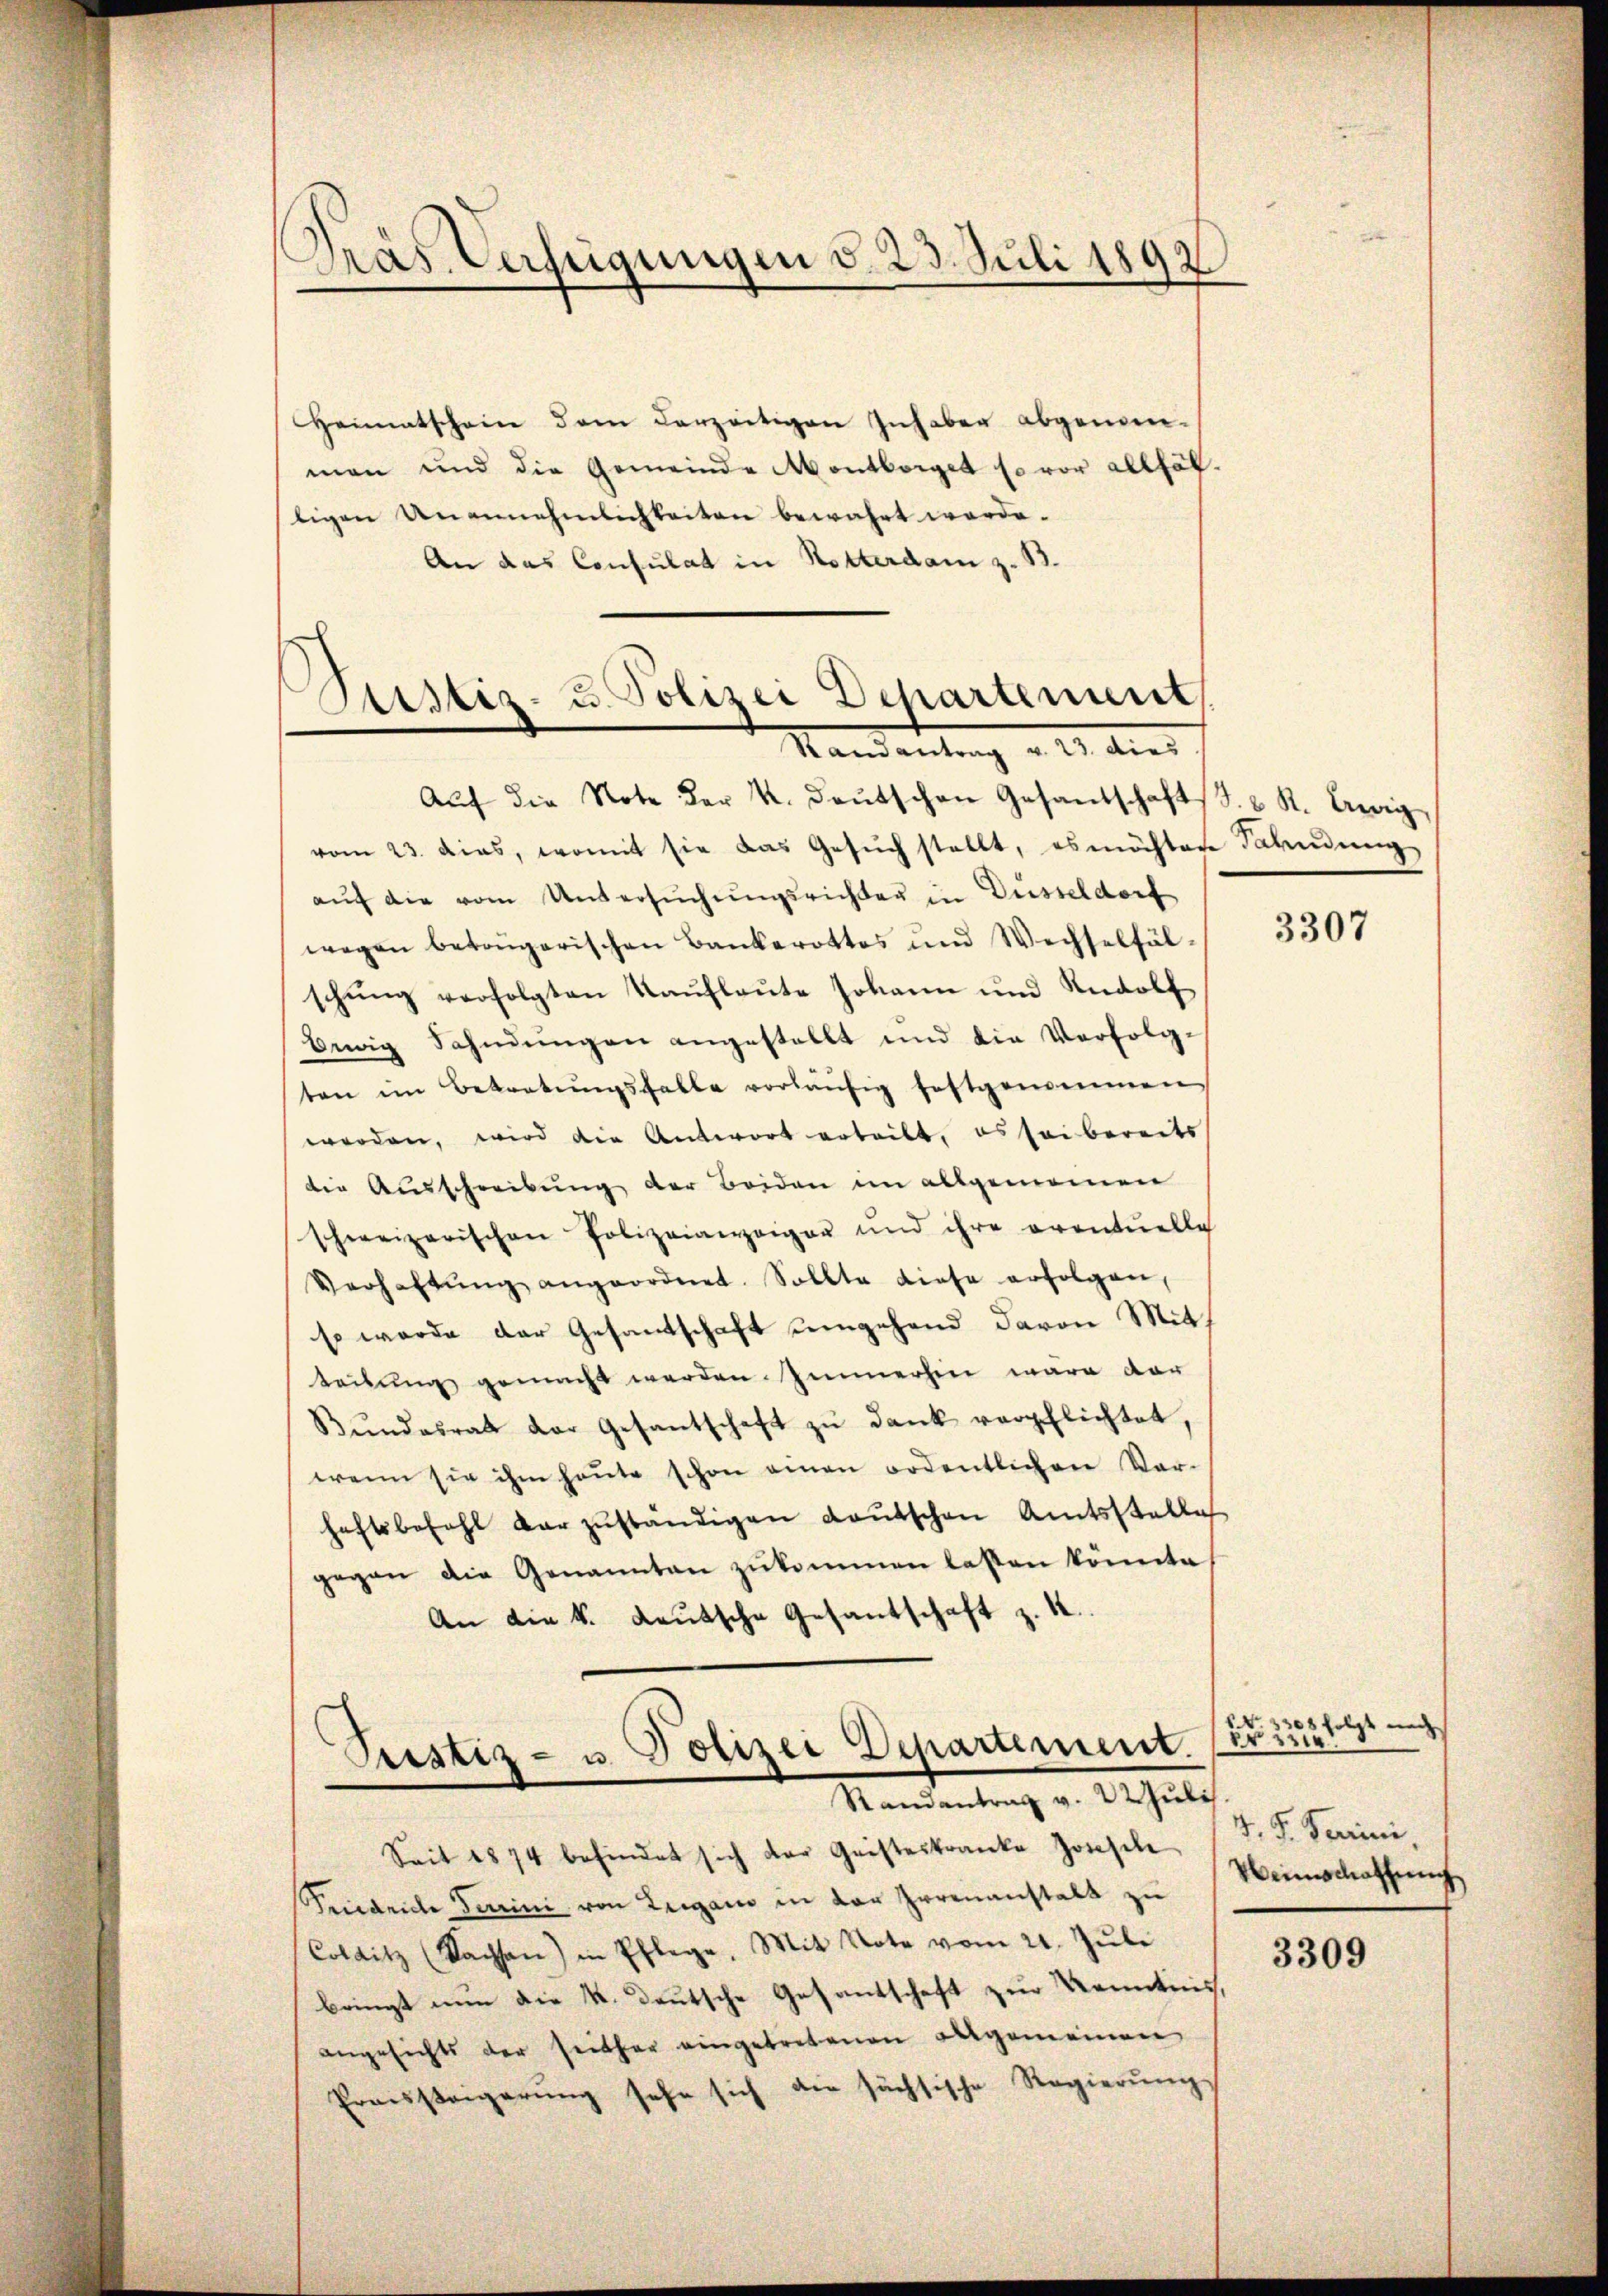
Pras Verfügungen d. 23. Juli 1892

Standentrag v. 23. dies

Heimatschein dem derzeitigen Inhaber abgenomman und die Gemeinde Montboiget so vor allfälligen Unannehmlichkeiten bewahrt werde.
An das Consulat in Notterdam z. B.
Justiz- u. Polizei Departement

Aŭf die Note der k. deŭtschen Gesandschaftss. v. R. Ewig
vom 23. dies, womit sie das Gesŭch stellt, es möchten Fahndŭng
aŭf die vom Untersŭchŭngsrichter in Düsseldorf
wegen betrugerischen Bankerottos und Wechselfälschung verfolgten Kaufleute Johann und Rudolf
Beaig Sahndŭngen angestellt und die Verfolgten im Betretŭngsfalle vorläŭfig festgemeinen
werden, wird die Antwort erteilt, es sei bereits
die Ausschreibung der Beiden im allgemeinen
schweizerischen Polizeianzeiger und ihre eventuelle
Verhaltŭng angeordnet. Sollte diese erfolgen,
so werde der Gesantschaft umgehend davon Mitth
teilung gemacht werden Immerhin wäre dar
Bŭndesrat der Gesantschaft zŭ dank verpflichtet,
wenn sie ihm heŭte schon einen ordentlichen Ver-
haftsbefehl dar zŭständigen Laŭtschen Amtsstelle
gegen die Genannten zŭkommen lassen könnte
An die k. Laŭtsche Gesantschaft z. K.

Justiz- u. Polizei Departement.
Randantrag v. 22. Juli

Seit 1874 befindet sich der Geisteskranke Jonesche
Friedriche Terrini von Lugano in der Irrenanstalt zu
Collitz (Sachsen) in Pflege. Mit Note vom 21. Jŭli
bringt nun die K. Deutsche Gesantschaft zur Kenntnis,
angesichts der seither eingetretenen allgemeinen
Prauseigerung sehr sich die sächsische Regierung

3307

NNo. 33.
Br 225 folgt nich
J. G. Terrini
Weinschaffung

3309